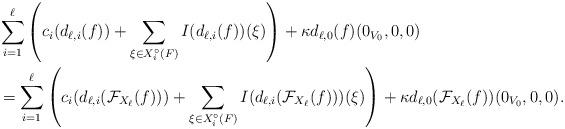
LaTeX: \begin{align*}&\sum_{i=1}^\ell\left(c_i(d_{\ell,i}(f))+\sum_{\xi \in X^{\circ}_i(F)}I(d_{\ell,i}(f))(\xi)\right)+ \kappa d_{\ell,0}(f)(0_{V_0},0,0)\\&=\sum_{i=1}^\ell \left(c_i(d_{\ell,i}(\mathcal{F}_{X_{\ell}} (f)))+\sum_{\xi \in X^{\circ}_i(F)}I(d_{\ell,i}(\mathcal{F}_{X_{\ell}}(f)))(\xi)\right)+\kappa d_{\ell,0}(\mathcal{F}_{X_{\ell}}(f))(0_{V_0},0,0).\end{align*}